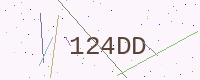
Text: 124DD